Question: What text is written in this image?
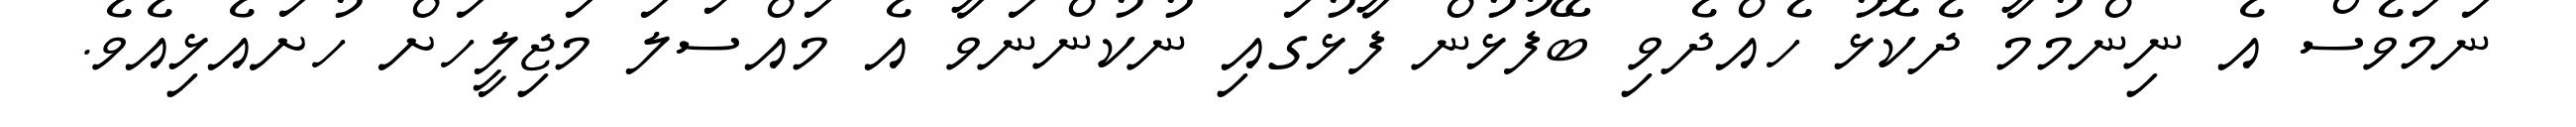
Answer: ނަމަވެސް އެ ނިންމުމާ ދެކޮޅު ހެއްދެވި ބޭފުޅުން ފާޅުގައި ނުކުންނަވާ އެ މައްސަލަ މަޖިލީހަށް ހުށައެޅިއެވެ.